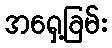
အရှေ့ခြမ်း